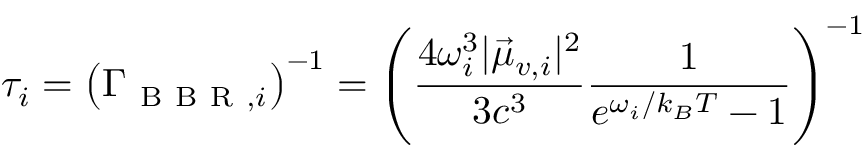
\tau _ { i } = \left( \Gamma _ { \mathrm { ~ B ~ B ~ R ~ } , i } \right) ^ { - 1 } = \left( \frac { 4 \omega _ { i } ^ { 3 } | \vec { \mu } _ { v , i } | ^ { 2 } } { 3 c ^ { 3 } } \frac { 1 } { e ^ { \omega _ { i } / k _ { B } T } - 1 } \right) ^ { - 1 }